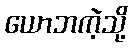
ယောဘကဲ့သို့